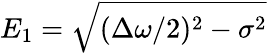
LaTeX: E_{1}=\sqrt{(\Delta\omega/2)^{2}-\sigma^{2}}